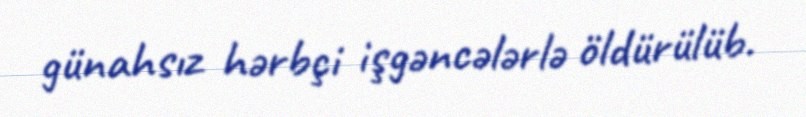
günahsız hərbçi işgəncələrlə öldürülüb.